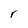
Character: r